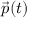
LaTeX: { \vec { p } } ( t )